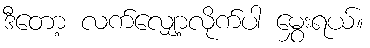
ဒီတော့ လက်လျှော့လိုက်ပါ မွှေးရယ်။